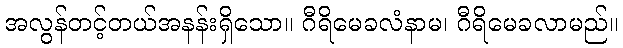
အလွန်တင့်တယ်အနန်းရှိသော။ ဂီရိမေခလံနာမ၊ ဂီရိမေခလာမည်။